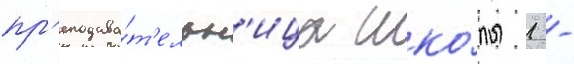
пр'еподава́т'ельн'ица шко́лы 1 -